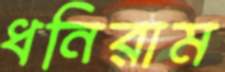
ধনিরাম